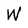
Character: W